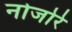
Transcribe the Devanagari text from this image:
नोजोरे